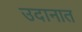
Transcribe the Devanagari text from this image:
उदानात